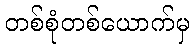
တစ်စုံတစ်ယောက်မှ